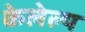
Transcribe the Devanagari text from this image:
केलेल्य